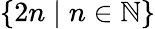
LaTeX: \{ 2n\mid n\in\mathbb{N}\}